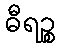
ဓီရဉ္စ